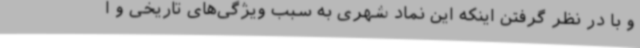
و با در نظر گرفتن اینکه این نماد شهری به سبب ویژگی‌های تاریخی و ا